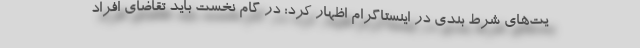
یت‌های شرط بندی در اینستاگرام اظهار کرد: در گام نخست باید تقاضای افراد